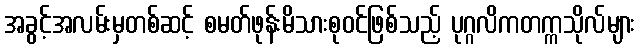
အခွင့်အလမ်းမှတစ်ဆင့် စမတ်ဖုန်းမိသားစုဝင်ဖြစ်သည့် ပုဂ္ဂလိကတက္ကသိုလ်များ